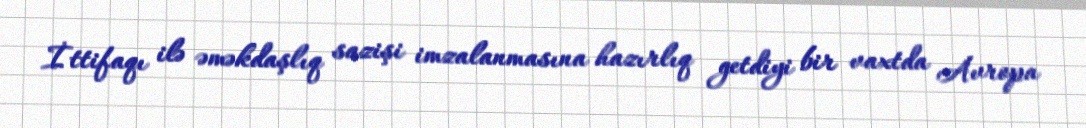
İttifaqı ilə əməkdaşlıq sazişi imzalanmasına hazırlıq getdiyi bir vaxtda Avropa